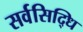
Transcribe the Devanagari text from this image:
सर्वसिद्धि